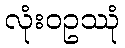
လုံးဝဥဿုံ